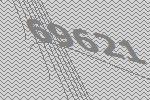
69621